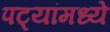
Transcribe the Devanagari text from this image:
पट्यांमध्ये